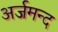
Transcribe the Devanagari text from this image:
अर्जमन्द